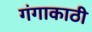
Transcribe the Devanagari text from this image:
गंगाकाठी